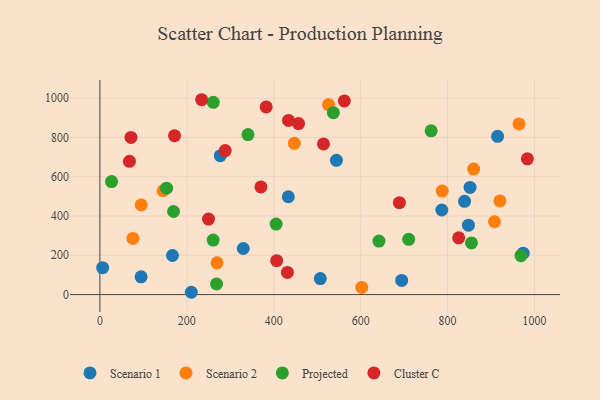
{"axis": {"x": "Investment", "y": "Exam Score"}, "legend": ["Cluster C", "Projected", "Scenario 1", "Scenario 2"], "data": [{"x": "6.3", "y": 137.1, "type": "Scenario 1"}, {"x": "433.5", "y": 498.0, "type": "Scenario 1"}, {"x": "210.4", "y": 11.7, "type": "Scenario 1"}, {"x": "329.9", "y": 234.4, "type": "Scenario 1"}, {"x": "786.7", "y": 430.6, "type": "Scenario 1"}, {"x": "839.0", "y": 474.4, "type": "Scenario 1"}, {"x": "847.9", "y": 353.1, "type": "Scenario 1"}, {"x": "915.0", "y": 805.7, "type": "Scenario 1"}, {"x": "694.3", "y": 71.8, "type": "Scenario 1"}, {"x": "94.8", "y": 90.1, "type": "Scenario 1"}, {"x": "973.9", "y": 210.6, "type": "Scenario 1"}, {"x": "277.0", "y": 707.2, "type": "Scenario 1"}, {"x": "507.1", "y": 81.3, "type": "Scenario 1"}, {"x": "167.0", "y": 198.9, "type": "Scenario 1"}, {"x": "851.6", "y": 545.2, "type": "Scenario 1"}, {"x": "544.2", "y": 683.1, "type": "Scenario 1"}, {"x": "76.0", "y": 285.8, "type": "Scenario 2"}, {"x": "920.4", "y": 476.7, "type": "Scenario 2"}, {"x": "602.5", "y": 36.2, "type": "Scenario 2"}, {"x": "447.4", "y": 770.0, "type": "Scenario 2"}, {"x": "269.6", "y": 161.8, "type": "Scenario 2"}, {"x": "859.9", "y": 638.8, "type": "Scenario 2"}, {"x": "526.1", "y": 966.9, "type": "Scenario 2"}, {"x": "145.4", "y": 528.6, "type": "Scenario 2"}, {"x": "964.2", "y": 868.4, "type": "Scenario 2"}, {"x": "907.9", "y": 370.6, "type": "Scenario 2"}, {"x": "787.7", "y": 526.6, "type": "Scenario 2"}, {"x": "95.1", "y": 456.4, "type": "Scenario 2"}, {"x": "260.9", "y": 978.6, "type": "Projected"}, {"x": "153.4", "y": 541.5, "type": "Projected"}, {"x": "762.1", "y": 833.3, "type": "Projected"}, {"x": "854.9", "y": 263.1, "type": "Projected"}, {"x": "260.6", "y": 277.5, "type": "Projected"}, {"x": "405.5", "y": 358.7, "type": "Projected"}, {"x": "642.0", "y": 272.4, "type": "Projected"}, {"x": "710.4", "y": 281.2, "type": "Projected"}, {"x": "537.1", "y": 925.7, "type": "Projected"}, {"x": "26.8", "y": 575.4, "type": "Projected"}, {"x": "268.4", "y": 53.8, "type": "Projected"}, {"x": "340.7", "y": 814.2, "type": "Projected"}, {"x": "169.5", "y": 422.9, "type": "Projected"}, {"x": "968.8", "y": 197.9, "type": "Projected"}, {"x": "434.0", "y": 886.3, "type": "Cluster C"}, {"x": "171.8", "y": 809.0, "type": "Cluster C"}, {"x": "234.2", "y": 991.8, "type": "Cluster C"}, {"x": "983.5", "y": 690.8, "type": "Cluster C"}, {"x": "249.9", "y": 384.2, "type": "Cluster C"}, {"x": "562.4", "y": 985.8, "type": "Cluster C"}, {"x": "457.1", "y": 870.3, "type": "Cluster C"}, {"x": "825.5", "y": 289.0, "type": "Cluster C"}, {"x": "689.1", "y": 468.0, "type": "Cluster C"}, {"x": "431.4", "y": 112.8, "type": "Cluster C"}, {"x": "71.6", "y": 799.9, "type": "Cluster C"}, {"x": "288.3", "y": 732.8, "type": "Cluster C"}, {"x": "382.6", "y": 954.9, "type": "Cluster C"}, {"x": "68.0", "y": 678.1, "type": "Cluster C"}, {"x": "514.4", "y": 767.0, "type": "Cluster C"}, {"x": "406.8", "y": 172.8, "type": "Cluster C"}, {"x": "370.5", "y": 547.8, "type": "Cluster C"}]}